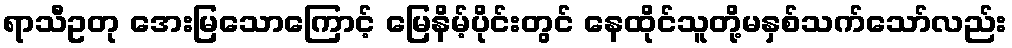
ရာသီဥတု အေးမြသောကြောင့် မြေနိမ့်ပိုင်းတွင် နေထိုင်သူတို့မနှစ်သက်သော်လည်း